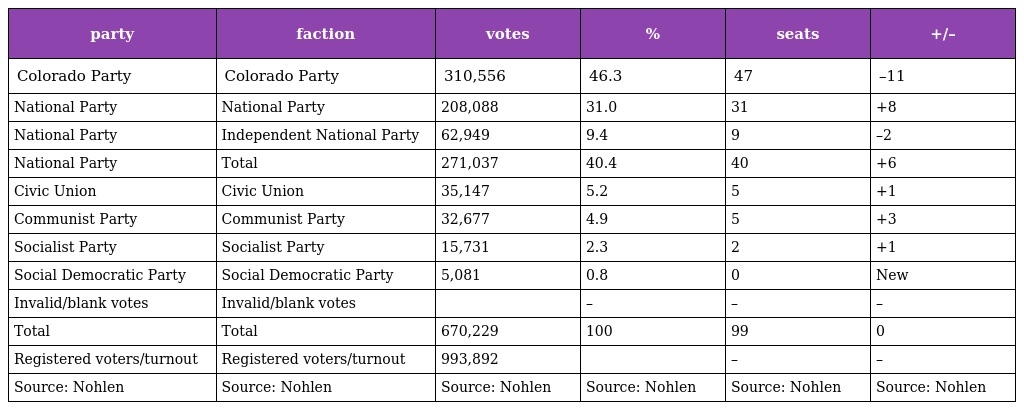
| party | faction | votes | % | seats | +/– |
 | --- | --- | --- | --- | --- | --- |
 | Colorado Party | Colorado Party | 310,556 | 46.3 | 47 | –11 |
 | National Party | National Party | 208,088 | 31.0 | 31 | +8 |
 | National Party | Independent National Party | 62,949 | 9.4 | 9 | –2 |
 | National Party | Total | 271,037 | 40.4 | 40 | +6 |
 | Civic Union | Civic Union | 35,147 | 5.2 | 5 | +1 |
 | Communist Party | Communist Party | 32,677 | 4.9 | 5 | +3 |
 | Socialist Party | Socialist Party | 15,731 | 2.3 | 2 | +1 |
 | Social Democratic Party | Social Democratic Party | 5,081 | 0.8 | 0 | New |
 | Invalid/blank votes | Invalid/blank votes |  | – | – | – |
 | Total | Total | 670,229 | 100 | 99 | 0 |
 | Registered voters/turnout | Registered voters/turnout | 993,892 |  | – | – |
 | Source: Nohlen | Source: Nohlen | Source: Nohlen | Source: Nohlen | Source: Nohlen | Source: Nohlen |